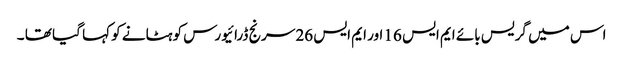
اس میں گریس بائے ایم ایس 16 اور ایم ایس 26 سرنج ڈرائیورس کو ہٹانے کو کہا گیا تھا ۔